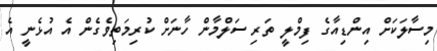
މިސާލަކަށް އިންޑިއާގެ ފިމްލީ ތަރި ސަލްމާން ހާނަށް ކުރިމަތިވެގެން އެ އުޅެނީ އެ